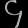
Digit: ၄